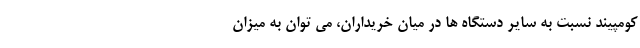
کومپیند نسبت به سایر دستگاه ها در میان خریداران، می توان به میزان